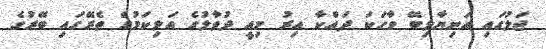
ޖަލުގައި އަނިޔާލިބޭ ވާހަކަ ދައްކާ އިރު މިއީ ދުވާލުގެ އަލިކަމުގެ ތެރޭގައި ބޭރުގެ